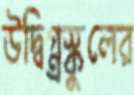
উদ্বিগ্ন্রস্কুলের